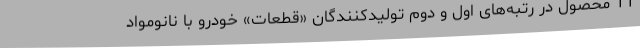
11 محصول در رتبه‌های اول و دوم تولیدکنندگان «قطعات» خودرو با نانومواد